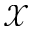
\mathcal { X }